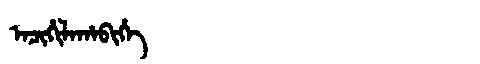
Manchu: ᠠᠴᡳᡥᡳᠯᠠᡥᠠᠪᡳᡥᡝ
Romanization: ACIHILAHABIHE